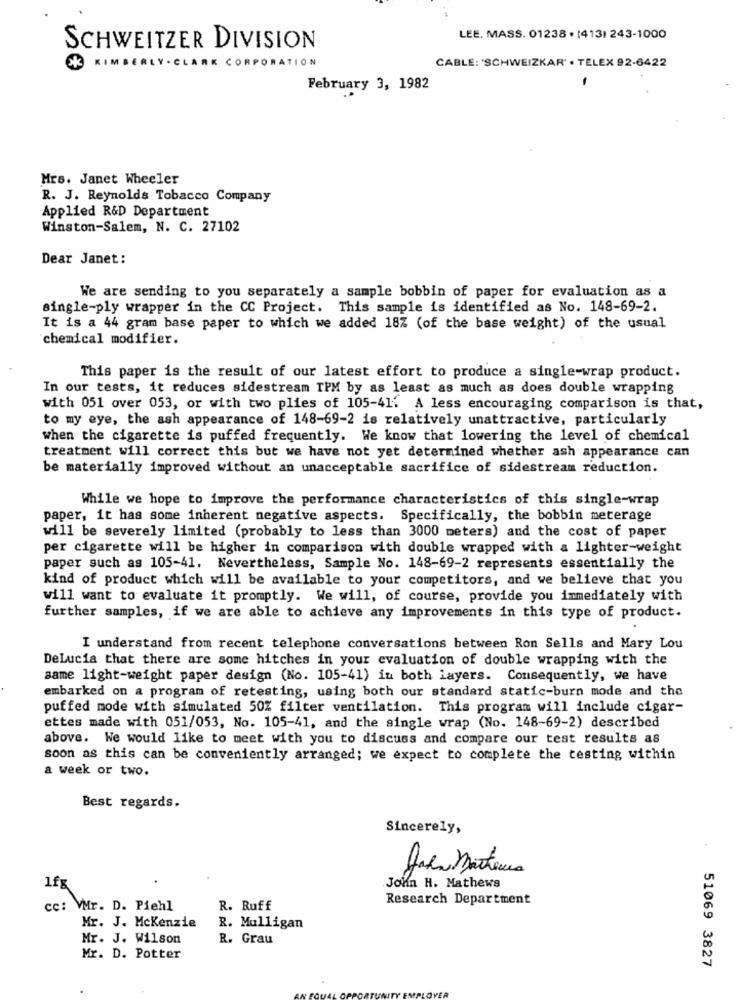
LEE, MASS. 01238 . [413) 243-1000
SCHWEITZER DIVISION
KIMBERLY - CLARK CORPORATION
CABLE: 'SCHWEIZKAR" . TELEX 92-6422
February 3, 1982
Mrs. Janet Wheeler
R. J. Reynolds Tobacco Company
Applied R&D Department
Winston-Salem, N. C. 27102
Dear Janet:
We are sending to you separately a sample bobbin of paper for evaluation as a
single-ply wrapper in the CC Project. This sample is identified as No. 148-69-2.
It is a 44 gram base paper to which we added 18% (of the base weight) of the usual
chemical modifier.
This paper is the result of our latest effort to produce a single-wrap product.
In our tests, it reduces sidestream TPM by as least as much as does double wrapping
with 051 over 053, or with two plies of 105-41. A less encouraging comparison is that,
to my eye, the ash appearance of 148-69-2 is relatively unattractive, particularly
when the cigarette is puffed frequently. We know that lowering the level of chemical
treatment will correct this but we have not yet determined whether ash appearance can
be materially improved without an unacceptable sacrifice of sidestream reduction.
While we hope to improve the performance characteristics of this single-wrap
paper, it has some inherent negative aspects. Specifically, the bobbin meterage
will be severely limited (probably to less than 3000 meters) and the cost of paper
per cigarette will be higher in comparison with double wrapped with a lighter-weight
paper such as 105-41. Nevertheless, Sample No. 148-69-2 represents essentially the
kind of product which will be available to your competitors, and we believe that you
will want to evaluate it promptly. We will, of course, provide you immediately with
further samples, if we are able to achieve any improvements in this type of product.
I understand from recent telephone conversations between Ron Sells and Mary Lou
DeLucia that there are some hitches in your evaluation of double wrapping with the
same light-weight paper design (No. 105-41) in both layers. Consequently, we have
embarked on a program of retesting, using both our standard static-burn mode and the
puffed mode with simulated 50% filter ventilation. This program will include cigar-
ettes made with 051/053, No. 105-41, and the single wrap (No. 148-69-2) described
above. We would like to meet with you to discuss and compare our test results as
soon as this can be conveniently arranged; we expect to complete the testing within
a week or two.
Best regards.
Sincerely,
John Martens
1fg
John H. Mathews
Research Department
cc: VMr. D. Piehl
R. Ruff
Mr. J. Mckenzie
R. Mulligan
Mr. J. Wilson
R. Grau
Mr. D. Potter
51069 3827